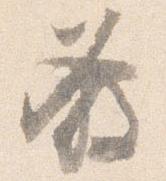
発